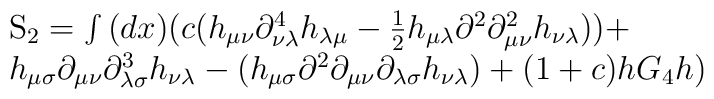
\begin{array}{l} {\rm S}_{\rm 2}  = \int {(dx)(c(h_{\mu \nu } \partial ^4 _{\nu \lambda } h_{\lambda \mu } }  - \frac{1}{2}h_{\mu \lambda } \partial ^2 \partial ^2 _{\mu \nu } h_{\nu \lambda } )) +  \\ h_{\mu \sigma } \partial _{\mu \nu } \partial ^3 _{\lambda \sigma } h_{\nu \lambda }  - (h_{\mu \sigma } \partial ^2 \partial _{\mu \nu } \partial _{\lambda \sigma } h_{\nu \lambda } ) + (1 + c)hG_4 h) \\ \end{array}